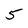
Character: 5